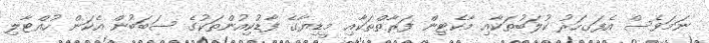
ނަމަވެސް އެފަގހަރު ކުލަބުތަކާއި މާކެޓިން ފަރާތްތަކާއި މީޑިޔާގެ ފާޑުކިއުންތަކުގެ ސަބަބުން އެކަން ހުއްޓާލި